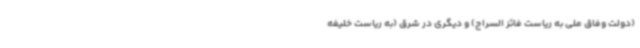
(دولت وفاق ملی به ریاست فائز السراج) و دیگری در شرق (به ریاست خلیفه